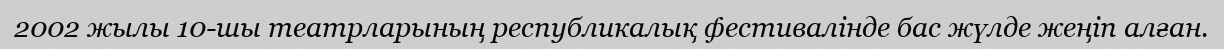
2002 жылы 10-шы театрларының республикалық фестивалінде бас жүлде жеңіп алған.